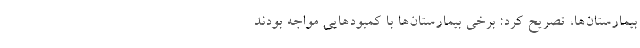
بیمارستان‌ها، تصریح کرد: برخی بیمارستان‌ها با کمبودهایی مواجه بودند